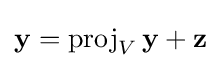
\mathbf {y} =\operatorname {proj} _{V}\mathbf {y} +\mathbf {z}